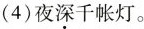
(4)夜深千帐灯。